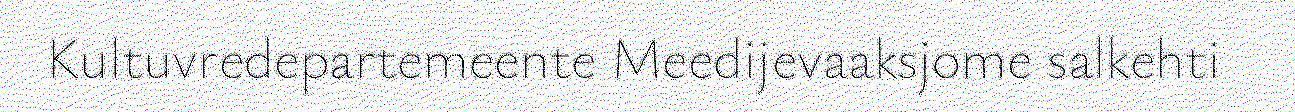
Kultuvredepartemeente Meedijevaaksjome salkehti